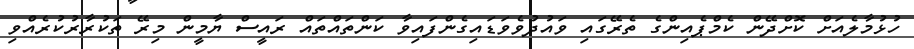
ހުޅުމާލެއަށް ކޮށްދޭން ކެމްޕެއިންގެ ތެރޭގައި ވައުދުވެވަޑައިގެންފައިވާ ކަންތައްތައް ރައީސް ޔާމީން މިރޭ ތަކުރާރުކުރެއްވި